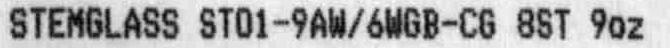
STEMGLASS ST01-9AW/6WGB-CG 8ST 9OZ